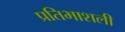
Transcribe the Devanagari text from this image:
प्रतिभाशली